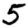
Digit: 5